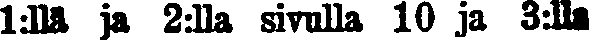
1:llä ja 2:lla sivulla 10 ja 3:lla